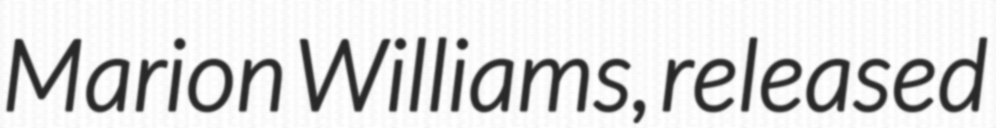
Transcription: Marion Williams, released